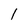
Character: 1